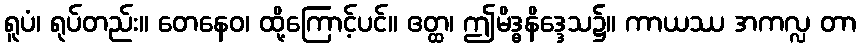
ရူပံ၊ ရုပ်တည်း။ တေနေဝ၊ ထို့ကြောင့်ပင်။ ဧတ္ထ၊ ဤမိဒ္ဓနိဒ္ဒေသ၌။ ကာယဿ အကလ္လ တာ